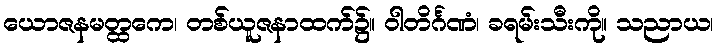
ယောဇနမတ္ထကေ၊ တစ်ယူဇနာထက်၌။ ဝါတိင်္ဂဏံ၊ ခရမ်းသီးကို။ သညာယ၊